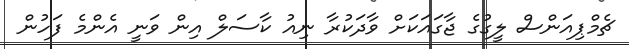
ޗެމްޕިއަންސް ލީގުގެ ޖާގައަކަށް ވާދަކުރާ ނިއު ކާސަލް އިން ވަނީ އެންމެ ފަހުން